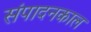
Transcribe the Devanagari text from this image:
संपादनकाल